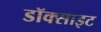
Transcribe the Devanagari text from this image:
डॉक्साइट